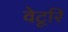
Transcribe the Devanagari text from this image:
वेटूरि